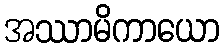
အဿာမိကာယော